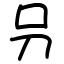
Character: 叧